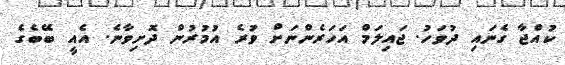
ކުއްޖާ ގެނައި ދުވަހު. ޖައިލަމް އަހަރެންނަށް ވުރެ އުމުރުން ދޮށިވާނެ. އެއީ ބޭބެގެ